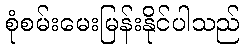
စုံစမ်းမေးမြန်းနိုင်ပါသည်